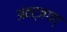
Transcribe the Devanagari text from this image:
अंतर्जगत्‌